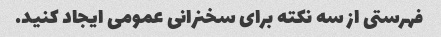
فهرستی از سه نکته برای سخنرانی عمومی ایجاد کنید.